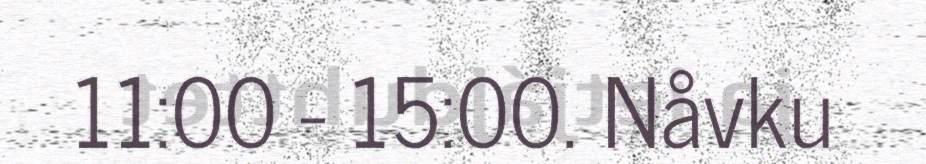
11:00 - 15:00. Nåvku